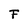
Character: F